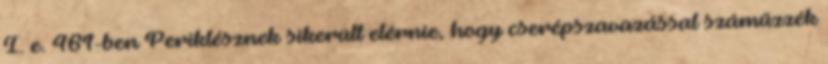
I. e. 461-ben Periklésznek sikerült elérnie, hogy cserépszavazással száműzzék